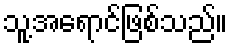
သူ့အရောင်ဖြစ်သည်။